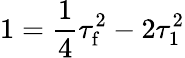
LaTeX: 1=\frac{1}{4}\tau_{\mathrm{f}}^{2}-2\tau_{1}^{2}